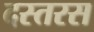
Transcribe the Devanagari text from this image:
दस्तरस